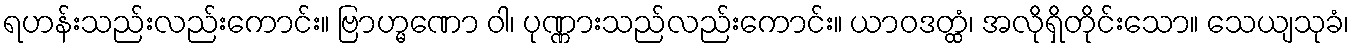
ရဟန်းသည်းလည်းကောင်း။ ဗြာဟ္မဏော ဝါ၊ ပုဏ္ဏားသည်လည်းကောင်း။ ယာဝဒတ္ထံ၊ အလိုရှိတိုင်းသော။ သေယျသုခံ၊